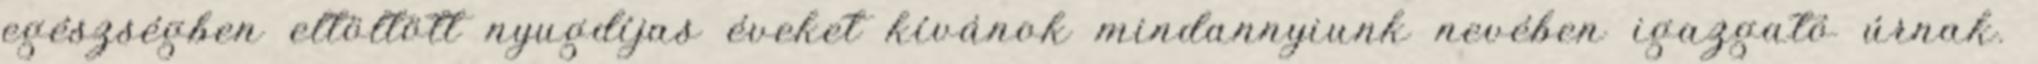
egészségben eltöltött nyugdíjas éveket kívánok mindannyiunk nevében igazgató úrnak.